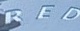
RED